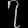
Digit: ၇